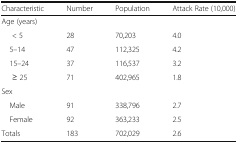
<table><thead><tr><td><b>Characteristic</b></td><td><b>Number</b></td><td><b>Population</b></td><td><b>Attack Rate (10,000)</b></td></tr></thead><tbody><tr><td colspan="4">Age (years)</td></tr><tr><td>&lt; 5</td><td>28</td><td>70,203</td><td>4.0</td></tr><tr><td> 5–14</td><td>47</td><td>112,325</td><td>4.2</td></tr><tr><td> 15–24</td><td>37</td><td>116,537</td><td>3.2</td></tr><tr><td>≥ 25</td><td>71</td><td>402,965</td><td>1.8</td></tr><tr><td colspan="4">Sex</td></tr><tr><td> Male</td><td>91</td><td>338,796</td><td>2.7</td></tr><tr><td> Female</td><td>92</td><td>363,233</td><td>2.5</td></tr><tr><td>Totals</td><td>183</td><td>702,029</td><td>2.6</td></tr></tbody></table>